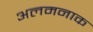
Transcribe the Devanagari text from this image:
अलमनाक